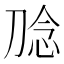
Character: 𭃮